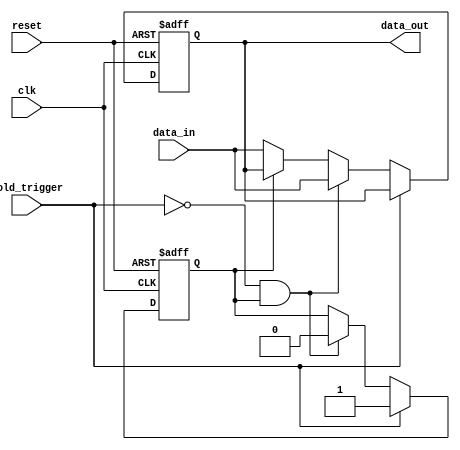
module hold_condition (
    input wire clk,               // Clock signal
    input wire reset,             // Reset signal
    input wire hold_trigger,      // Input signal to trigger hold condition
    input wire [7:0] data_in,     // Input data signal
    output reg [7:0] data_out     // Output data signal
);

    // State variable to indicate hold state
    reg hold_state;

    // Initial conditions
    initial begin
        data_out = 8'b0;          // Initialize output to 0
        hold_state = 1'b0;        // Initialize hold state to not held
    end

    // Sequential logic for hold condition
    always @(posedge clk or posedge reset) begin
        if (reset) begin
            data_out <= 8'b0;      // Reset output to 0
            hold_state <= 1'b0;    // Reset hold state
        end else if (hold_trigger) begin
            hold_state <= 1'b1;     // Set hold state
        end else if (!hold_trigger && hold_state) begin
            hold_state <= 1'b0;     // Release hold state
            data_out <= data_in;    // Update output with new input
        end else if (!hold_state) begin
            data_out <= data_in;    // Normal operation, update output
        end
    end

endmodule